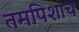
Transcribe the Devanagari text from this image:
तमपिशाच